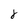
Character: j